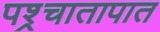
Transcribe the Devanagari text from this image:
पश्र्चातापात